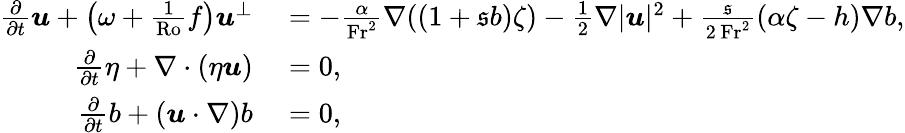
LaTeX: \begin{array}{rl}{\frac{\partial}{\partial t}\boldsymbol{u}+\left(\omega+\frac{1}{\mathrm{Ro}}f\right)\boldsymbol{u}^{\perp}}&{{}=-\frac{\alpha}{\mathrm{Fr}^{2}}\nabla((1+\mathfrak{s}b)\zeta)-\frac{1}{2}\nabla|\boldsymbol{u}|^{2}+\frac{\mathfrak{s}}{2\, \mathrm{Fr}^{2}}(\alpha\zeta-h)\nabla b,}\\ {\frac{\partial}{\partial t}\eta+\nabla\cdot(\eta\boldsymbol{u})}&{{}=0,}\\ {\frac{\partial}{\partial t}b+(\boldsymbol{u}\cdot\nabla)b}&{{}=0,}\end{array}